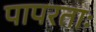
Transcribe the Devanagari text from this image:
पापरताः